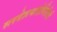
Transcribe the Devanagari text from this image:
सरदेशपांडेगिरीची